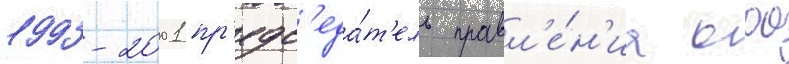
1993-2001 пр'едс'еда́т'ель правл'е́н'иа оао